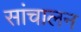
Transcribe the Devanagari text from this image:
सांचालन